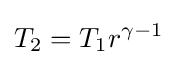
\displaystyle {T_{2}}={T_{1}}r^{\gamma -1}